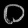
Digit: ၀